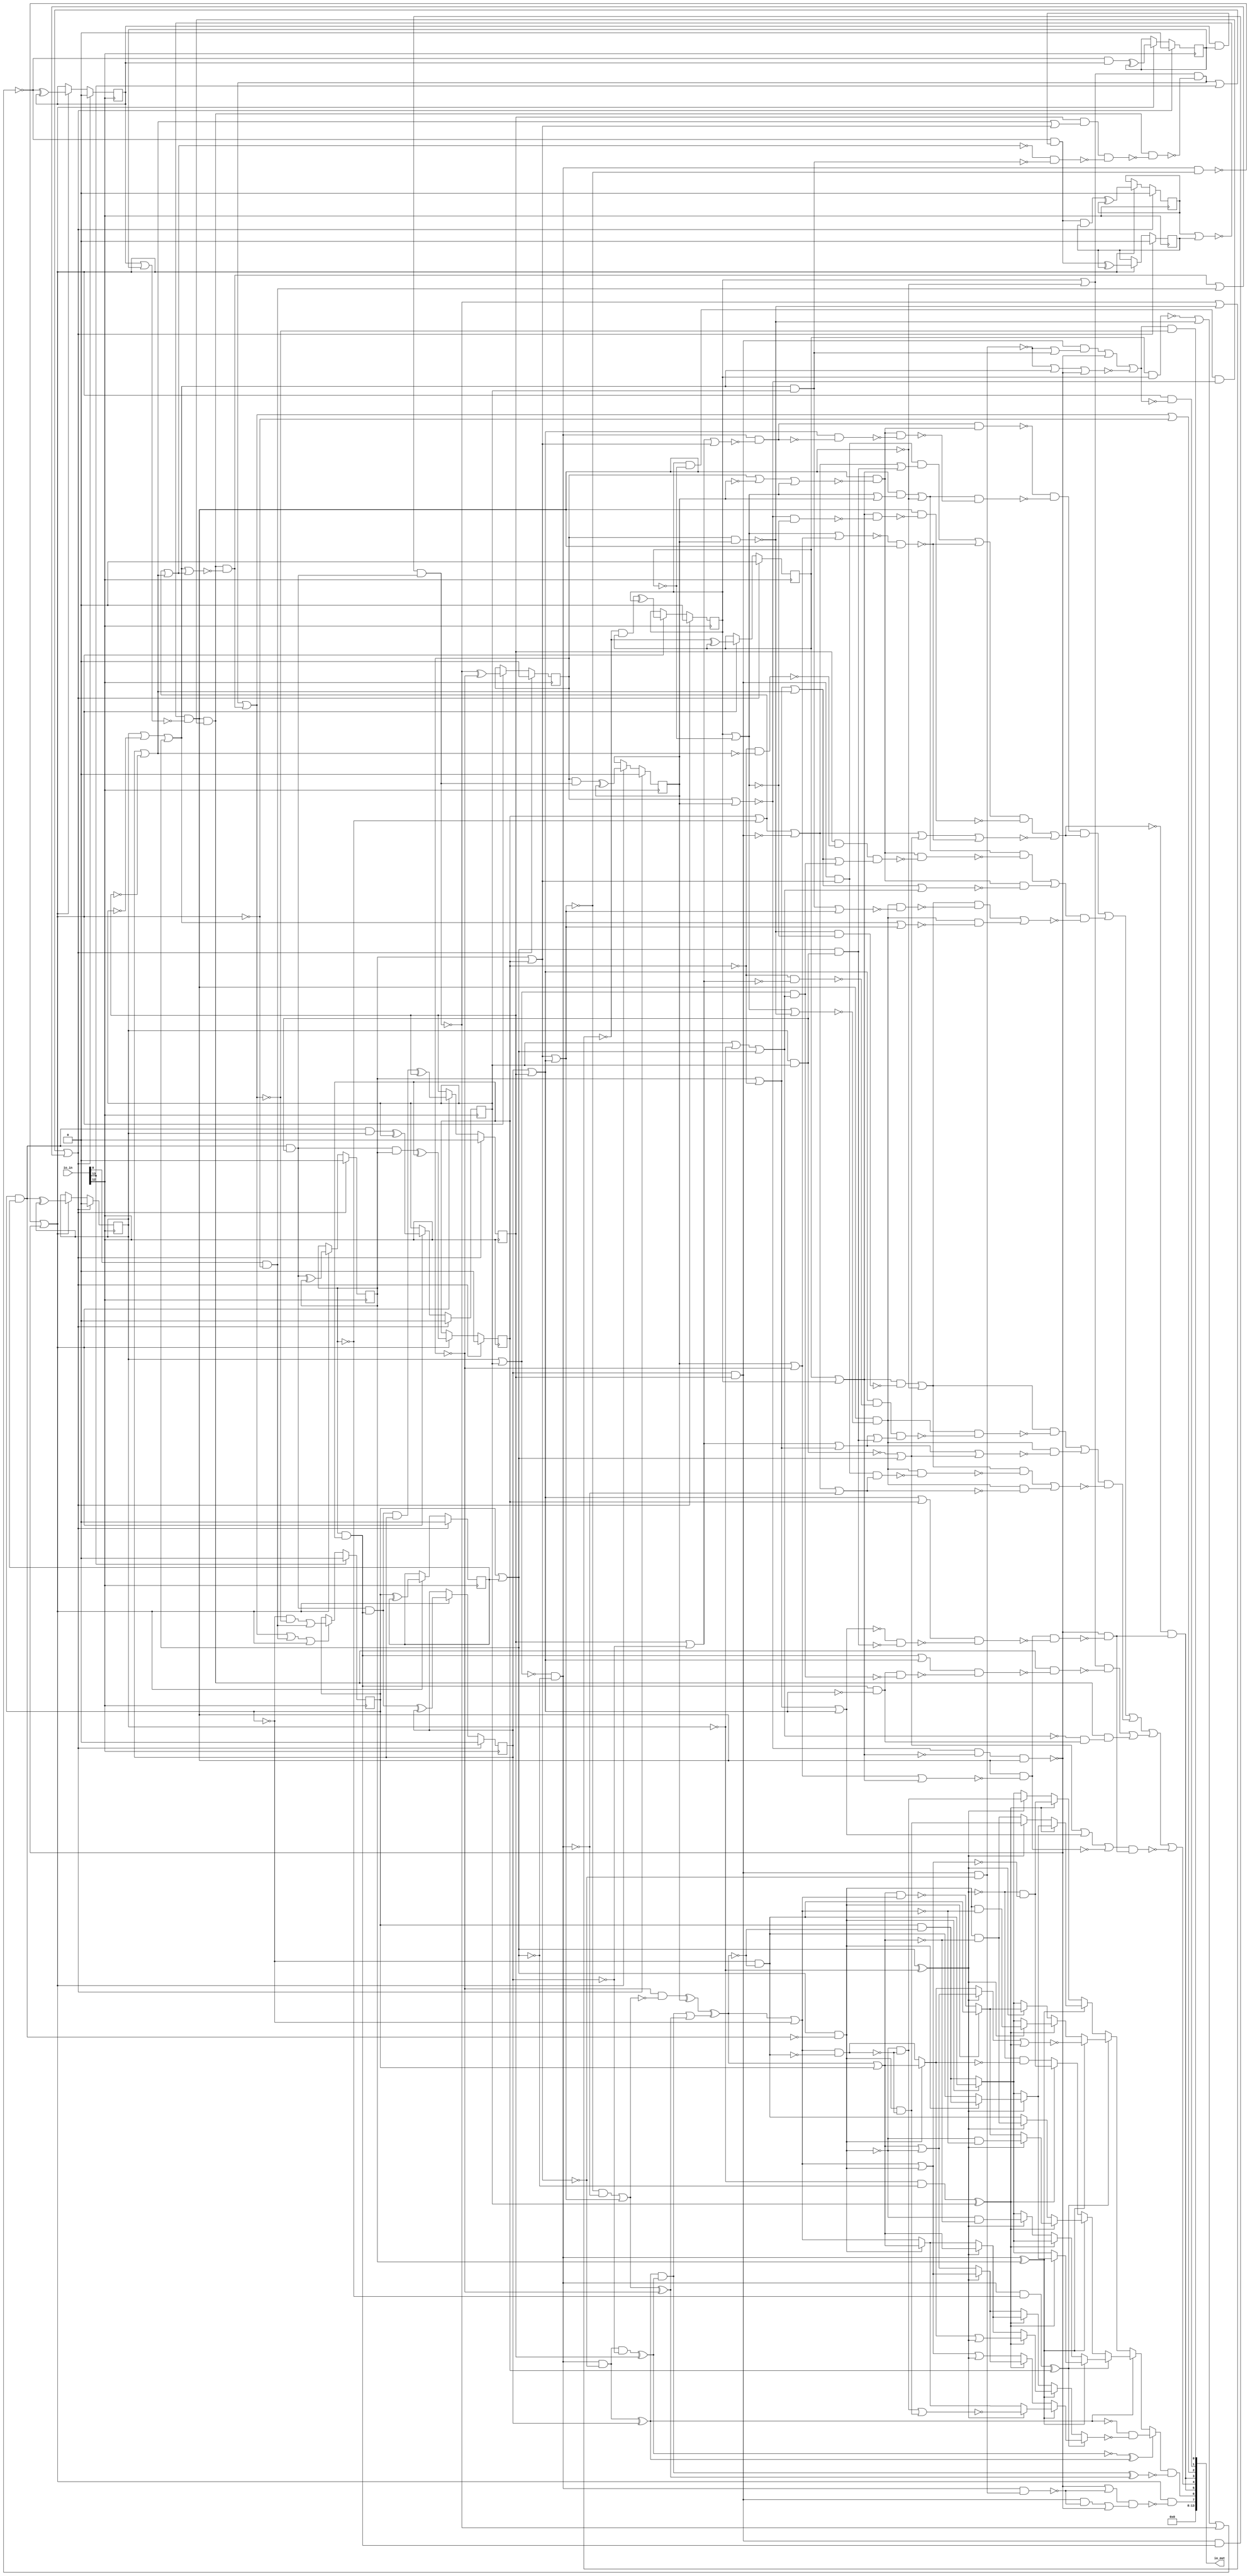
/* Generated by Yosys 0.25+83 (git sha1 755b753e1, aarch64-apple-darwin20.2-clang 10.0.0-4ubuntu1 -fPIC -Os) */

/* top =  1  */
/* src = "d03_example_beepboop/src/toplevel_chip.v:4.1-18.10" */
module d03_example_beepboop(io_in, io_out);
  wire _000_;
  wire _001_;
  wire _002_;
  wire _003_;
  wire _004_;
  wire _005_;
  wire _006_;
  wire _007_;
  wire _008_;
  wire _009_;
  wire _010_;
  wire _011_;
  wire _012_;
  wire _013_;
  wire _014_;
  wire _015_;
  wire _016_;
  wire _017_;
  wire _018_;
  wire _019_;
  wire _020_;
  wire _021_;
  wire _022_;
  wire _023_;
  wire _024_;
  wire _025_;
  wire _026_;
  wire _027_;
  wire _028_;
  wire _029_;
  wire _030_;
  wire _031_;
  wire _032_;
  wire _033_;
  wire _034_;
  wire _035_;
  wire _036_;
  wire _037_;
  wire _038_;
  wire _039_;
  wire _040_;
  wire _041_;
  wire _042_;
  wire _043_;
  wire _044_;
  wire _045_;
  wire _046_;
  wire _047_;
  wire _048_;
  wire _049_;
  wire _050_;
  wire _051_;
  wire _052_;
  wire _053_;
  wire _054_;
  wire _055_;
  wire _056_;
  wire _057_;
  wire _058_;
  wire _059_;
  wire _060_;
  wire _061_;
  wire _062_;
  wire _063_;
  wire _064_;
  wire _065_;
  wire _066_;
  wire _067_;
  wire _068_;
  wire _069_;
  wire _070_;
  wire _071_;
  wire _072_;
  wire _073_;
  wire _074_;
  wire _075_;
  wire _076_;
  wire _077_;
  wire _078_;
  wire _079_;
  wire _080_;
  wire _081_;
  wire _082_;
  wire _083_;
  wire _084_;
  wire _085_;
  wire _086_;
  wire _087_;
  wire _088_;
  wire _089_;
  wire _090_;
  wire _091_;
  wire _092_;
  wire _093_;
  wire _094_;
  wire _095_;
  wire _096_;
  wire _097_;
  wire _098_;
  wire _099_;
  wire _100_;
  wire _101_;
  wire _102_;
  wire _103_;
  wire _104_;
  wire _105_;
  wire _106_;
  wire _107_;
  wire _108_;
  wire _109_;
  wire _110_;
  wire _111_;
  wire _112_;
  wire _113_;
  wire _114_;
  wire _115_;
  wire _116_;
  wire _117_;
  wire _118_;
  wire _119_;
  wire _120_;
  wire _121_;
  wire _122_;
  wire _123_;
  wire _124_;
  wire _125_;
  wire _126_;
  wire _127_;
  wire _128_;
  wire _129_;
  wire _130_;
  wire _131_;
  wire _132_;
  wire _133_;
  wire _134_;
  wire _135_;
  wire _136_;
  wire _137_;
  wire _138_;
  wire _139_;
  wire _140_;
  wire _141_;
  wire _142_;
  wire _143_;
  wire _144_;
  wire _145_;
  wire _146_;
  wire _147_;
  wire _148_;
  wire _149_;
  wire _150_;
  wire _151_;
  wire _152_;
  wire _153_;
  wire _154_;
  wire _155_;
  wire _156_;
  wire _157_;
  wire _158_;
  wire _159_;
  wire _160_;
  wire _161_;
  wire _162_;
  wire _163_;
  wire _164_;
  wire _165_;
  wire _166_;
  wire _167_;
  wire _168_;
  wire _169_;
  wire _170_;
  wire _171_;
  wire _172_;
  wire _173_;
  wire _174_;
  wire _175_;
  wire _176_;
  wire _177_;
  wire _178_;
  wire _179_;
  wire _180_;
  wire _181_;
  wire _182_;
  wire _183_;
  wire _184_;
  wire _185_;
  wire _186_;
  wire _187_;
  wire _188_;
  wire _189_;
  wire _190_;
  wire _191_;
  wire _192_;
  wire _193_;
  wire _194_;
  wire _195_;
  wire _196_;
  wire _197_;
  wire _198_;
  wire _199_;
  wire _200_;
  wire _201_;
  wire _202_;
  wire _203_;
  wire _204_;
  wire _205_;
  wire _206_;
  wire _207_;
  wire _208_;
  wire _209_;
  wire _210_;
  wire _211_;
  wire _212_;
  wire _213_;
  wire _214_;
  wire _215_;
  wire _216_;
  wire _217_;
  wire _218_;
  wire _219_;
  wire _220_;
  wire _221_;
  wire _222_;
  wire _223_;
  wire _224_;
  wire _225_;
  wire _226_;
  wire _227_;
  wire _228_;
  wire _229_;
  wire _230_;
  wire _231_;
  wire _232_;
  wire _233_;
  wire _234_;
  wire _235_;
  wire _236_;
  wire _237_;
  wire _238_;
  wire _239_;
  wire _240_;
  wire _241_;
  wire _242_;
  wire _243_;
  wire _244_;
  wire _245_;
  wire _246_;
  wire _247_;
  wire _248_;
  wire _249_;
  wire _250_;
  wire _251_;
  wire _252_;
  wire _253_;
  wire _254_;
  wire _255_;
  wire _256_;
  wire _257_;
  wire _258_;
  wire _259_;
  wire _260_;
  wire _261_;
  wire _262_;
  wire _263_;
  wire _264_;
  /* force_downto = 32'd1 */
  /* src = "d03_example_beepboop/src/toplevel_chip.v:9.13-14.6|d03_example_beepboop/src/chip.sv:31.28-31.39|/Users/anish/workspace/oss-cad-suite/libexec/../share/yosys/techmap.v:270.26-270.27" */
  wire [15:0] _265_;
  /* src = "d03_example_beepboop/src/toplevel_chip.v:5.18-5.23" */
  input [13:0] io_in;
  wire [13:0] io_in;
  /* src = "d03_example_beepboop/src/toplevel_chip.v:6.19-6.25" */
  output [13:0] io_out;
  wire [13:0] io_out;
  /* hdlname = "mchip beepboop" */
  /* src = "d03_example_beepboop/src/toplevel_chip.v:9.13-14.6|d03_example_beepboop/src/chip.sv:20.19-20.27" */
  wire [0:191] \mchip.beepboop ;
  /* hdlname = "mchip btn" */
  /* src = "d03_example_beepboop/src/toplevel_chip.v:9.13-14.6|d03_example_beepboop/src/chip.sv:9.10-9.13" */
  wire \mchip.btn ;
  /* hdlname = "mchip chr_out" */
  /* src = "d03_example_beepboop/src/toplevel_chip.v:9.13-14.6|d03_example_beepboop/src/chip.sv:12.11-12.18" */
  wire \mchip.chr_out ;
  /* hdlname = "mchip chr_out_valid" */
  /* src = "d03_example_beepboop/src/toplevel_chip.v:9.13-14.6|d03_example_beepboop/src/chip.sv:12.20-12.33" */
  wire \mchip.chr_out_valid ;
  /* hdlname = "mchip clock" */
  /* src = "d03_example_beepboop/src/toplevel_chip.v:9.13-14.6|d03_example_beepboop/src/chip.sv:5.17-5.22" */
  wire \mchip.clock ;
  /* hdlname = "mchip counter" */
  /* src = "d03_example_beepboop/src/toplevel_chip.v:9.13-14.6|d03_example_beepboop/src/chip.sv:17.18-17.25" */
  reg [15:0] \mchip.counter ;
  /* hdlname = "mchip green" */
  /* src = "d03_example_beepboop/src/toplevel_chip.v:9.13-14.6|d03_example_beepboop/src/chip.sv:11.24-11.29" */
  wire \mchip.green ;
  /* hdlname = "mchip io_in" */
  /* src = "d03_example_beepboop/src/toplevel_chip.v:9.13-14.6|d03_example_beepboop/src/chip.sv:4.24-4.29" */
  /* unused_bits = "1 2 3 4 5 6 7 8 9 10 11" */
  wire [11:0] \mchip.io_in ;
  /* hdlname = "mchip io_out" */
  /* src = "d03_example_beepboop/src/toplevel_chip.v:9.13-14.6|d03_example_beepboop/src/chip.sv:6.25-6.31" */
  wire [11:0] \mchip.io_out ;
  /* hdlname = "mchip no_walk" */
  /* src = "d03_example_beepboop/src/toplevel_chip.v:9.13-14.6|d03_example_beepboop/src/chip.sv:11.37-11.44" */
  wire \mchip.no_walk ;
  /* hdlname = "mchip red" */
  /* src = "d03_example_beepboop/src/toplevel_chip.v:9.13-14.6|d03_example_beepboop/src/chip.sv:11.11-11.14" */
  wire \mchip.red ;
  /* hdlname = "mchip reset" */
  /* src = "d03_example_beepboop/src/toplevel_chip.v:9.13-14.6|d03_example_beepboop/src/chip.sv:5.24-5.29" */
  wire \mchip.reset ;
  /* hdlname = "mchip the_beepbooper" */
  /* src = "d03_example_beepboop/src/toplevel_chip.v:9.13-14.6|d03_example_beepboop/src/chip.sv:11.46-11.60" */
  wire \mchip.the_beepbooper ;
  /* hdlname = "mchip walk" */
  /* src = "d03_example_beepboop/src/toplevel_chip.v:9.13-14.6|d03_example_beepboop/src/chip.sv:11.31-11.35" */
  wire \mchip.walk ;
  /* hdlname = "mchip yellow" */
  /* src = "d03_example_beepboop/src/toplevel_chip.v:9.13-14.6|d03_example_beepboop/src/chip.sv:11.16-11.22" */
  wire \mchip.yellow ;
  assign _215_ = ~(\mchip.counter [15] | \mchip.counter [14]);
  assign _216_ = \mchip.counter [12] | \mchip.counter [13];
  assign _217_ = _215_ & ~(_216_);
  assign _218_ = \mchip.counter [10] | \mchip.counter [11];
  assign _219_ = ~(\mchip.counter [8] | \mchip.counter [9]);
  assign _220_ = _219_ & ~(_218_);
  assign _221_ = ~(_220_ & _217_);
  assign _222_ = \mchip.counter [6] | \mchip.counter [7];
  assign _223_ = \mchip.counter [4] | \mchip.counter [5];
  assign _116_ = ~(_223_ | _222_);
  assign _224_ = ~(\mchip.counter [2] | \mchip.counter [3]);
  assign _225_ = \mchip.counter [0] | \mchip.counter [1];
  assign _108_ = _224_ & ~(_225_);
  assign _226_ = ~(_108_ & _116_);
  assign _002_ = _226_ | _221_;
  assign _227_ = io_in[0] & ~(_002_);
  assign _228_ = \mchip.counter [11] & ~(\mchip.counter [10]);
  assign _229_ = ~(_228_ & _219_);
  assign _230_ = _217_ & ~(_229_);
  assign _231_ = \mchip.counter [2] | ~(\mchip.counter [3]);
  assign _232_ = _231_ | _225_;
  assign _233_ = \mchip.counter [6] | ~(\mchip.counter [7]);
  assign _234_ = \mchip.counter [5] | ~(\mchip.counter [4]);
  assign _235_ = ~(_234_ | _233_);
  assign _236_ = _232_ | ~(_235_);
  assign _237_ = _230_ & ~(_236_);
  assign _238_ = _237_ | _227_;
  assign _239_ = \mchip.counter [11] | ~(_217_);
  assign _240_ = ~(_233_ | _223_);
  assign _241_ = \mchip.counter [7] & ~(_240_);
  assign _242_ = _232_ & \mchip.counter [3];
  assign _243_ = _235_ & ~(_242_);
  assign _244_ = _241_ & ~(_243_);
  assign _245_ = _230_ & ~(_244_);
  assign _246_ = _239_ & ~(_245_);
  assign _247_ = _246_ | io_in[13];
  assign _001_ = _247_ | _238_;
  assign _248_ = _246_ | _237_;
  assign _249_ = _248_ | _227_;
  assign _000_ = _249_ | _002_;
  assign _250_ = \mchip.counter [9] | ~(\mchip.counter [8]);
  assign _251_ = _250_ | _218_;
  assign _252_ = _217_ & ~(_251_);
  assign _253_ = _222_ | \mchip.counter [5];
  assign _254_ = \mchip.counter [4] | ~(\mchip.counter [5]);
  assign _255_ = ~(_254_ | _222_);
  assign _256_ = ~(\mchip.counter [2] & \mchip.counter [3]);
  assign _257_ = _225_ & ~(_256_);
  assign _258_ = _255_ & ~(_257_);
  assign _259_ = _253_ & ~(_258_);
  assign _260_ = _252_ & ~(_259_);
  assign _261_ = _221_ & ~(_260_);
  assign _262_ = _256_ | _225_;
  assign _263_ = _262_ | ~(_255_);
  assign _264_ = _263_ | ~(_252_);
  assign _004_ = ~(_264_ & _261_);
  assign _005_ = \mchip.counter [4] & \mchip.counter [5];
  assign _006_ = _005_ & ~(_222_);
  assign _007_ = \mchip.counter [3] | ~(\mchip.counter [2]);
  assign _008_ = ~(_007_ | _225_);
  assign _009_ = ~(_008_ & _006_);
  assign _010_ = _230_ & ~(_009_);
  assign _011_ = _005_ | _222_;
  assign _012_ = \mchip.counter [2] | \mchip.counter [3];
  assign _013_ = _012_ & ~(_008_);
  assign _014_ = _006_ & ~(_013_);
  assign _015_ = _011_ & ~(_014_);
  assign _016_ = _230_ & ~(_015_);
  assign _017_ = _239_ & ~(_016_);
  assign _018_ = _017_ | _010_;
  assign _019_ = ~(\mchip.counter [8] & \mchip.counter [9]);
  assign _020_ = \mchip.counter [11] | ~(\mchip.counter [10]);
  assign _021_ = _020_ | _019_;
  assign _022_ = _217_ & ~(_021_);
  assign _023_ = \mchip.counter [7] | ~(\mchip.counter [6]);
  assign _024_ = _023_ | _254_;
  assign _025_ = _024_ | _262_;
  assign _026_ = _022_ & ~(_025_);
  assign _027_ = ~_217_;
  assign _028_ = _019_ & ~(_020_);
  assign _029_ = _218_ & ~(_028_);
  assign _030_ = _029_ | _027_;
  assign _031_ = ~\mchip.counter [5];
  assign _032_ = _031_ & ~(_023_);
  assign _033_ = _222_ & ~(_032_);
  assign _034_ = ~(_024_ | _257_);
  assign _035_ = _033_ & ~(_034_);
  assign _036_ = _022_ & ~(_035_);
  assign _037_ = _030_ & ~(_036_);
  assign _038_ = _037_ | _026_;
  assign _039_ = \mchip.counter [6] & \mchip.counter [7];
  assign _040_ = _234_ | ~(_039_);
  assign _041_ = _040_ | ~(_108_);
  assign _042_ = _022_ & ~(_041_);
  assign _043_ = ~(\mchip.counter [4] | \mchip.counter [5]);
  assign _044_ = _039_ & ~(_043_);
  assign _045_ = _044_ & _041_;
  assign _046_ = _022_ & ~(_045_);
  assign _047_ = _030_ & ~(_046_);
  assign _048_ = _047_ | _042_;
  assign _049_ = _038_ & ~(_048_);
  assign _050_ = \mchip.counter [8] | ~(\mchip.counter [9]);
  assign _051_ = _050_ | _020_;
  assign _052_ = _217_ & ~(_051_);
  assign _053_ = _254_ | _233_;
  assign _054_ = _053_ | ~(_008_);
  assign _055_ = _052_ & ~(_054_);
  assign _056_ = ~(_020_ | \mchip.counter [9]);
  assign _057_ = _218_ & ~(_056_);
  assign _058_ = _057_ | _027_;
  assign _059_ = _031_ & ~(_233_);
  assign _060_ = \mchip.counter [7] & ~(_059_);
  assign _061_ = ~(_053_ | _013_);
  assign _062_ = _060_ & ~(_061_);
  assign _063_ = _052_ & ~(_062_);
  assign _064_ = _058_ & ~(_063_);
  assign _065_ = _064_ | _055_;
  assign _066_ = _232_ | ~(_116_);
  assign _067_ = _022_ & ~(_066_);
  assign _068_ = _242_ | ~(_116_);
  assign _069_ = _022_ & ~(_068_);
  assign _070_ = _030_ & ~(_069_);
  assign _071_ = _070_ | _067_;
  assign _072_ = _065_ & ~(_071_);
  assign _073_ = _023_ | _223_;
  assign _074_ = _108_ & ~(_073_);
  assign _075_ = ~(_074_ & _052_);
  assign _076_ = _222_ & ~(_074_);
  assign _077_ = _052_ & ~(_076_);
  assign _078_ = _058_ & ~(_077_);
  assign _079_ = _075_ & ~(_078_);
  assign _080_ = ~(_020_ | _250_);
  assign _081_ = ~(_080_ & _217_);
  assign _082_ = _040_ | _262_;
  assign _083_ = ~(_082_ | _081_);
  assign _084_ = ~(_040_ | _257_);
  assign _085_ = _044_ & ~(_084_);
  assign _086_ = _085_ | _081_;
  assign _087_ = _219_ & ~(_020_);
  assign _088_ = _218_ & ~(_087_);
  assign _089_ = _217_ & ~(_088_);
  assign _090_ = _086_ & ~(_089_);
  assign _091_ = ~(_090_ | _083_);
  assign _092_ = _079_ & ~(_091_);
  assign _093_ = _092_ | _072_;
  assign _094_ = _093_ | _049_;
  assign _095_ = _094_ | _018_;
  assign \mchip.no_walk  = _095_ | _004_;
  assign \mchip.the_beepbooper  = _091_ & _261_;
  assign _096_ = ~(_039_ & _043_);
  assign _097_ = _096_ | _232_;
  assign _098_ = ~(_097_ | _221_);
  assign _099_ = ~(_096_ | _242_);
  assign _100_ = _039_ & ~(_099_);
  assign _101_ = _100_ | _221_;
  assign _102_ = _101_ | _098_;
  assign \mchip.red  = _102_ & ~(_248_);
  assign \mchip.yellow  = _002_ & ~(_102_);
  assign \mchip.green  = _248_ | ~(_002_);
  assign _103_ = _108_ & ~(_096_);
  assign _104_ = _221_ | ~(_103_);
  assign _105_ = _039_ & ~(_103_);
  assign _106_ = ~(_105_ | _221_);
  assign _107_ = _104_ & ~(_106_);
  assign \mchip.chr_out_valid  = _002_ & ~(_107_);
  assign _109_ = _108_ & ~(_223_);
  assign _110_ = _109_ ^ \mchip.counter [6];
  assign _111_ = ~_110_;
  assign _112_ = \mchip.counter [0] & \mchip.counter [1];
  assign _113_ = _225_ & ~(_112_);
  assign _114_ = ~\mchip.counter [0];
  assign _115_ = ~\mchip.counter [8];
  assign _117_ = _116_ & ~(_108_);
  assign _118_ = _117_ | ~(_116_);
  assign _119_ = _118_ ^ _115_;
  assign _120_ = _109_ & ~(\mchip.counter [6]);
  assign _121_ = ~(_120_ ^ \mchip.counter [7]);
  assign _122_ = _110_ & ~(_121_);
  assign _123_ = _122_ | _119_;
  assign _124_ = _115_ & ~(_118_);
  assign _125_ = _124_ ^ \mchip.counter [9];
  assign _126_ = _125_ ^ _123_;
  assign _127_ = _126_ | _114_;
  assign _128_ = _114_ & ~(_126_);
  assign _129_ = _127_ & ~(_128_);
  assign _130_ = _113_ & ~(_129_);
  assign _131_ = ~_113_;
  assign _132_ = _131_ & ~(_129_);
  assign _133_ = ~(_132_ | _130_);
  assign _134_ = ~\mchip.counter [2];
  assign _135_ = _225_ ^ _134_;
  assign _136_ = _126_ | \mchip.counter [0];
  assign _137_ = _113_ ? _136_ : _127_;
  assign _138_ = _134_ & ~(_225_);
  assign _139_ = _138_ ^ \mchip.counter [3];
  assign _140_ = _135_ ? _133_ : _137_;
  assign _141_ = _108_ ^ \mchip.counter [4];
  assign _142_ = ~_135_;
  assign _143_ = _136_ | _131_;
  assign _144_ = _127_ | _113_;
  assign _145_ = _135_ ? _144_ : _143_;
  assign _146_ = _144_ | _135_;
  assign _147_ = _139_ ? _145_ : _146_;
  assign _148_ = _141_ ? _140_ : _147_;
  assign _149_ = _108_ & ~(\mchip.counter [4]);
  assign _150_ = _149_ ^ \mchip.counter [5];
  assign _151_ = _113_ ? _136_ : _129_;
  assign _152_ = _151_ | _135_;
  assign _153_ = _135_ ? _136_ : _137_;
  assign _154_ = _139_ ? _152_ : _153_;
  assign _155_ = _139_ ? _153_ : _145_;
  assign _156_ = _141_ ? _154_ : _155_;
  assign _157_ = _150_ ? _148_ : _156_;
  assign _158_ = _111_ & ~(_157_);
  assign _159_ = _121_ ^ _110_;
  assign _160_ = _135_ ? _143_ : _151_;
  assign _161_ = ~(_160_ | _139_);
  assign _162_ = \mchip.counter [0] & ~(_126_);
  assign _163_ = _113_ ? _128_ : _162_;
  assign _164_ = _113_ & ~(_127_);
  assign _165_ = _135_ ? _164_ : _163_;
  assign _166_ = ~(_136_ & _127_);
  assign _167_ = _113_ ? _128_ : _166_;
  assign _168_ = _135_ ? _167_ : _163_;
  assign _169_ = _139_ ? _165_ : _168_;
  assign _170_ = _141_ ? _161_ : _169_;
  assign _171_ = _113_ ? _162_ : _128_;
  assign _172_ = _135_ ? _171_ : _163_;
  assign _173_ = _113_ & ~(_136_);
  assign _174_ = _135_ ? _130_ : _173_;
  assign _175_ = _139_ ? _172_ : _174_;
  assign _176_ = _142_ & ~(_144_);
  assign _177_ = _135_ ? _132_ : _163_;
  assign _178_ = _139_ ? _176_ : _177_;
  assign _179_ = _141_ ? _175_ : _178_;
  assign _180_ = _150_ ? _170_ : _179_;
  assign _181_ = _139_ ? _172_ : _163_;
  assign _182_ = _131_ & ~(_136_);
  assign _183_ = _135_ ? _182_ : _163_;
  assign _184_ = _139_ ? _163_ : _183_;
  assign _185_ = _141_ ? _181_ : _184_;
  assign _186_ = _131_ & ~(_127_);
  assign _187_ = _135_ ? _186_ : _167_;
  assign _188_ = _135_ ? _173_ : _128_;
  assign _189_ = _139_ ? _187_ : _188_;
  assign _190_ = _142_ & ~(_151_);
  assign _191_ = _139_ ? _176_ : _190_;
  assign _192_ = _141_ ? _189_ : _191_;
  assign _193_ = _150_ ? _185_ : _192_;
  assign _194_ = _110_ ? _193_ : _180_;
  assign _195_ = _159_ ? _158_ : _194_;
  assign _196_ = _122_ ^ _119_;
  assign \mchip.chr_out  = _195_ & ~(_196_);
  assign _265_[1] = \mchip.counter [0] ^ \mchip.counter [1];
  assign _265_[2] = _112_ ^ \mchip.counter [2];
  assign _197_ = _112_ & ~(_134_);
  assign _265_[3] = _197_ ^ \mchip.counter [3];
  assign _198_ = _112_ & ~(_256_);
  assign _265_[4] = _198_ ^ \mchip.counter [4];
  assign _199_ = _198_ & \mchip.counter [4];
  assign _265_[5] = _199_ ^ \mchip.counter [5];
  assign _200_ = _198_ & _005_;
  assign _265_[6] = _200_ ^ \mchip.counter [6];
  assign _201_ = _200_ & \mchip.counter [6];
  assign _265_[7] = _201_ ^ \mchip.counter [7];
  assign _202_ = _039_ & _005_;
  assign _203_ = ~(_202_ & _198_);
  assign _265_[8] = _203_ ^ _115_;
  assign _204_ = \mchip.counter [8] & ~(_203_);
  assign _265_[9] = _204_ ^ \mchip.counter [9];
  assign _205_ = ~(_203_ | _019_);
  assign _265_[10] = _205_ ^ \mchip.counter [10];
  assign _206_ = _205_ & \mchip.counter [10];
  assign _265_[11] = _206_ ^ \mchip.counter [11];
  assign _207_ = ~(\mchip.counter [10] & \mchip.counter [11]);
  assign _208_ = _207_ | _019_;
  assign _209_ = ~(_208_ | _203_);
  assign _265_[12] = _209_ ^ \mchip.counter [12];
  assign _210_ = _209_ & \mchip.counter [12];
  assign _265_[13] = _210_ ^ \mchip.counter [13];
  assign _211_ = ~(\mchip.counter [12] & \mchip.counter [13]);
  assign _212_ = _209_ & ~(_211_);
  assign _265_[14] = _212_ ^ \mchip.counter [14];
  assign _213_ = _212_ & \mchip.counter [14];
  assign _265_[15] = _213_ ^ \mchip.counter [15];
  assign _214_ = _114_ & ~(_248_);
  assign _003_ = _214_ | _227_;
  /* \always_ff  = 32'd1 */
  /* src = "d03_example_beepboop/src/toplevel_chip.v:9.13-14.6|d03_example_beepboop/src/chip.sv:25.5-42.8" */
  always @(posedge io_in[12])
    if (io_in[13]) \mchip.counter [0] <= 1'h0;
    else if (_000_) \mchip.counter [0] <= _003_;
  /* \always_ff  = 32'd1 */
  /* src = "d03_example_beepboop/src/toplevel_chip.v:9.13-14.6|d03_example_beepboop/src/chip.sv:25.5-42.8" */
  always @(posedge io_in[12])
    if (_001_) \mchip.counter [1] <= 1'h0;
    else if (_002_) \mchip.counter [1] <= _265_[1];
  /* \always_ff  = 32'd1 */
  /* src = "d03_example_beepboop/src/toplevel_chip.v:9.13-14.6|d03_example_beepboop/src/chip.sv:25.5-42.8" */
  always @(posedge io_in[12])
    if (_001_) \mchip.counter [2] <= 1'h0;
    else if (_002_) \mchip.counter [2] <= _265_[2];
  /* \always_ff  = 32'd1 */
  /* src = "d03_example_beepboop/src/toplevel_chip.v:9.13-14.6|d03_example_beepboop/src/chip.sv:25.5-42.8" */
  always @(posedge io_in[12])
    if (_001_) \mchip.counter [3] <= 1'h0;
    else if (_002_) \mchip.counter [3] <= _265_[3];
  /* \always_ff  = 32'd1 */
  /* src = "d03_example_beepboop/src/toplevel_chip.v:9.13-14.6|d03_example_beepboop/src/chip.sv:25.5-42.8" */
  always @(posedge io_in[12])
    if (_001_) \mchip.counter [4] <= 1'h0;
    else if (_002_) \mchip.counter [4] <= _265_[4];
  /* \always_ff  = 32'd1 */
  /* src = "d03_example_beepboop/src/toplevel_chip.v:9.13-14.6|d03_example_beepboop/src/chip.sv:25.5-42.8" */
  always @(posedge io_in[12])
    if (_001_) \mchip.counter [5] <= 1'h0;
    else if (_002_) \mchip.counter [5] <= _265_[5];
  /* \always_ff  = 32'd1 */
  /* src = "d03_example_beepboop/src/toplevel_chip.v:9.13-14.6|d03_example_beepboop/src/chip.sv:25.5-42.8" */
  always @(posedge io_in[12])
    if (_001_) \mchip.counter [6] <= 1'h0;
    else if (_002_) \mchip.counter [6] <= _265_[6];
  /* \always_ff  = 32'd1 */
  /* src = "d03_example_beepboop/src/toplevel_chip.v:9.13-14.6|d03_example_beepboop/src/chip.sv:25.5-42.8" */
  always @(posedge io_in[12])
    if (_001_) \mchip.counter [7] <= 1'h0;
    else if (_002_) \mchip.counter [7] <= _265_[7];
  /* \always_ff  = 32'd1 */
  /* src = "d03_example_beepboop/src/toplevel_chip.v:9.13-14.6|d03_example_beepboop/src/chip.sv:25.5-42.8" */
  always @(posedge io_in[12])
    if (_001_) \mchip.counter [8] <= 1'h0;
    else if (_002_) \mchip.counter [8] <= _265_[8];
  /* \always_ff  = 32'd1 */
  /* src = "d03_example_beepboop/src/toplevel_chip.v:9.13-14.6|d03_example_beepboop/src/chip.sv:25.5-42.8" */
  always @(posedge io_in[12])
    if (_001_) \mchip.counter [9] <= 1'h0;
    else if (_002_) \mchip.counter [9] <= _265_[9];
  /* \always_ff  = 32'd1 */
  /* src = "d03_example_beepboop/src/toplevel_chip.v:9.13-14.6|d03_example_beepboop/src/chip.sv:25.5-42.8" */
  always @(posedge io_in[12])
    if (_001_) \mchip.counter [10] <= 1'h0;
    else if (_002_) \mchip.counter [10] <= _265_[10];
  /* \always_ff  = 32'd1 */
  /* src = "d03_example_beepboop/src/toplevel_chip.v:9.13-14.6|d03_example_beepboop/src/chip.sv:25.5-42.8" */
  always @(posedge io_in[12])
    if (_001_) \mchip.counter [11] <= 1'h0;
    else if (_002_) \mchip.counter [11] <= _265_[11];
  /* \always_ff  = 32'd1 */
  /* src = "d03_example_beepboop/src/toplevel_chip.v:9.13-14.6|d03_example_beepboop/src/chip.sv:25.5-42.8" */
  always @(posedge io_in[12])
    if (_001_) \mchip.counter [12] <= 1'h0;
    else if (_002_) \mchip.counter [12] <= _265_[12];
  /* \always_ff  = 32'd1 */
  /* src = "d03_example_beepboop/src/toplevel_chip.v:9.13-14.6|d03_example_beepboop/src/chip.sv:25.5-42.8" */
  always @(posedge io_in[12])
    if (_001_) \mchip.counter [13] <= 1'h0;
    else if (_002_) \mchip.counter [13] <= _265_[13];
  /* \always_ff  = 32'd1 */
  /* src = "d03_example_beepboop/src/toplevel_chip.v:9.13-14.6|d03_example_beepboop/src/chip.sv:25.5-42.8" */
  always @(posedge io_in[12])
    if (_001_) \mchip.counter [14] <= 1'h0;
    else if (_002_) \mchip.counter [14] <= _265_[14];
  /* \always_ff  = 32'd1 */
  /* src = "d03_example_beepboop/src/toplevel_chip.v:9.13-14.6|d03_example_beepboop/src/chip.sv:25.5-42.8" */
  always @(posedge io_in[12])
    if (_001_) \mchip.counter [15] <= 1'h0;
    else if (_002_) \mchip.counter [15] <= _265_[15];
  assign _265_[0] = 1'h0;
  assign io_out = { 6'h00, \mchip.chr_out_valid , \mchip.chr_out , \mchip.the_beepbooper , \mchip.no_walk , \mchip.the_beepbooper , \mchip.green , \mchip.yellow , \mchip.red  };
  assign \mchip.beepboop  = 192'h4265657020426f6f702054726166666963204c6967687400;
  assign \mchip.btn  = io_in[0];
  assign \mchip.clock  = io_in[12];
  assign \mchip.io_in  = io_in[11:0];
  assign \mchip.io_out  = { 4'h0, \mchip.chr_out_valid , \mchip.chr_out , \mchip.the_beepbooper , \mchip.no_walk , \mchip.the_beepbooper , \mchip.green , \mchip.yellow , \mchip.red  };
  assign \mchip.reset  = io_in[13];
  assign \mchip.walk  = \mchip.the_beepbooper ;
endmodule